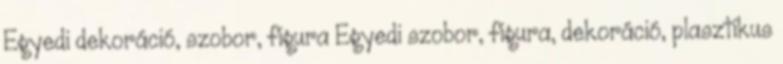
Egyedi dekoráció, szobor, figura Egyedi szobor, figura, dekoráció, plasztikus